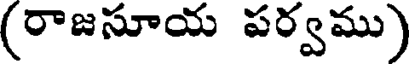
(రాజసూయ పర్వము)